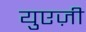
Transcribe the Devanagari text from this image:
युएज़ी